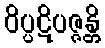
ဝိပ္ပဋိပဇ္ဇန္တိ